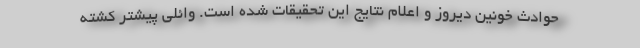
حوادث خونین دیروز و اعلام نتایج این تحقیقات شده است. وائلی پیشتر کشته